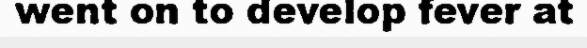
went on to develop fever at